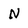
Character: N